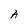
Character: A